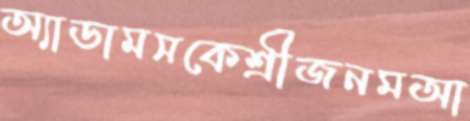
অ্যাডামসকেশ্রীজনমআ